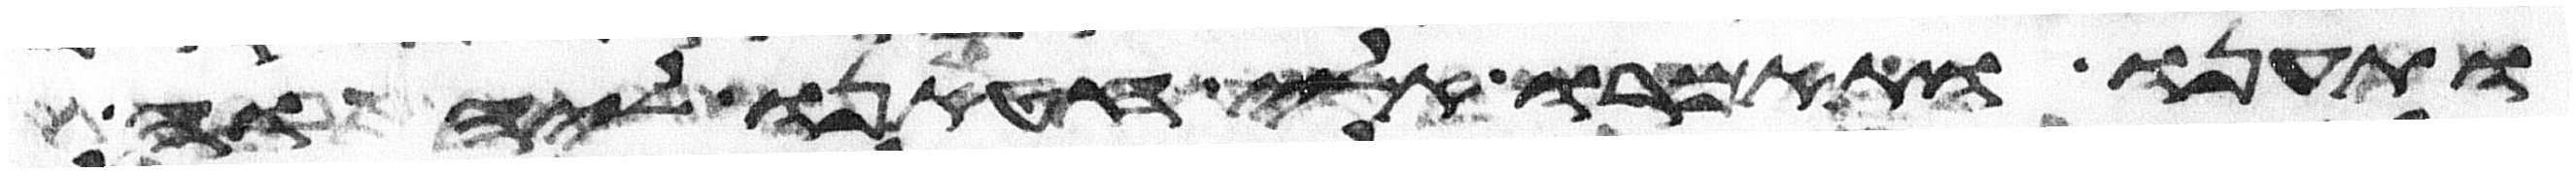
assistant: ותענו ותאמרו אלי חטאנו ליהוה